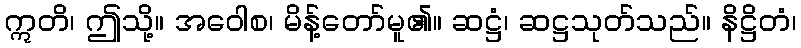
ဣတိ၊ ဤသို့။ အဝေါစ၊ မိန့်တော်မူ၏။ ဆဋ္ဌံ၊ ဆဋ္ဌသုတ်သည်။ နိဋ္ဌိတံ၊